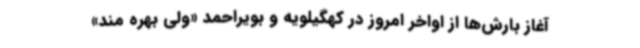
آغاز بارش‌ها از اواخر امروز در کهگیلویه و بویراحمد «ولی بهره مند»